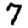
Digit: 7